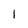
Character: 1